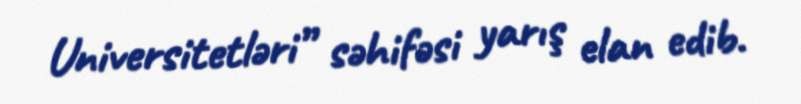
Universitetləri” səhifəsi yarış elan edib.